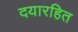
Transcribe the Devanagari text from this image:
दयारहित